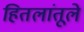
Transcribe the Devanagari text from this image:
हितलांतूले